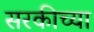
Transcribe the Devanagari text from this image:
सरकीच्या